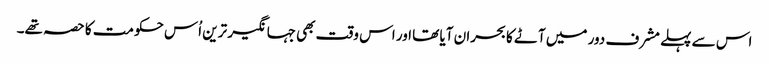
اس سے پہلے مشرف دور میں آٹے کا بحران آیا تھا اور اس وقت بھی جہانگیر ترین اُس حکومت کا حصہ تھے۔